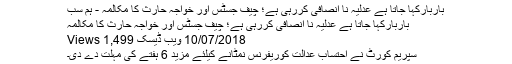
باربارکہا جاتا ہے عدلیہ نا انصافی کررہی ہے؛ چیف جسٹس اور خواجہ حارث کا مکالمہ - ہم سب
باربارکہا جاتا ہے عدلیہ نا انصافی کررہی ہے؛ چیف جسٹس اور خواجہ حارث کا مکالمہ
10/07/2018 ویب ڈیسک 1,499 Views
سپریم کورٹ نے احتساب عدالت کوریفرنس نمٹانے کیلئے مزید 6 ہفتے کی مہلت دے دی۔